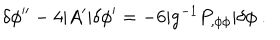
\delta \phi ^ { \prime \prime } - 4 | A ^ { \prime } | \delta \phi ^ { \prime } = - 6 | g ^ { - 1 } P _ { , \phi \phi } | \delta \phi \ .